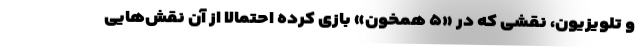
و تلویزیون، نقشی که در «۵ همخون» بازی کرده احتمالا از آن نقش‌هایی